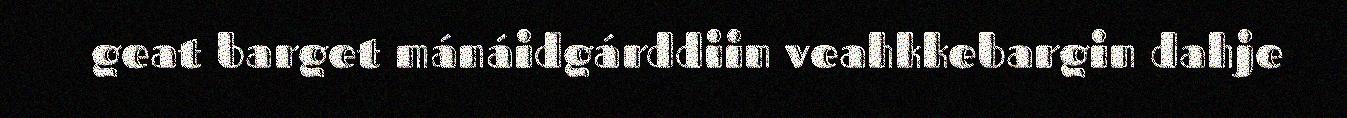
geat barget mánáidgárddiin veahkkebargin dahje